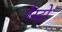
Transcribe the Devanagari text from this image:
गैस्‍ट्रो